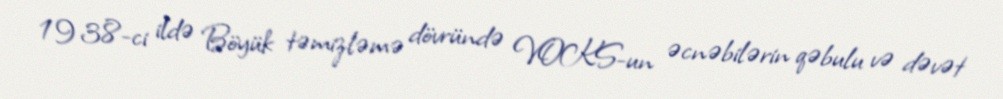
1938-ci ildə Böyük təmizləmə dövründə VOKS-un əcnəbilərin qəbulu və dəvət